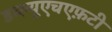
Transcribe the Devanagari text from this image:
डब्ल्यूएचएफ़टी